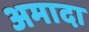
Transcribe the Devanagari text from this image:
अमादा